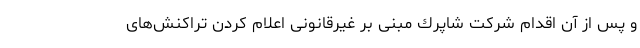
و پس از آن اقدام شركت شاپرك مبنی بر غيرقانونی اعلام كردن تراكنش‌های